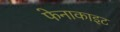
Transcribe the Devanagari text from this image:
फेनाकाइट